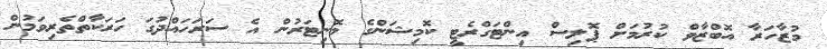
މުޒާހަރާ އޮބްޒާވް ކުރުމަށް ޕޮލިސް އިންޓަގްރެޓީ ކޮމިޝަންގެ މޮނިޓަރުން އެ ސަރަހައްދުގަ ހަރަކާތްތެރިވަމުން